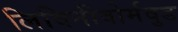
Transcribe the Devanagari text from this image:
लिविनीवोर्मवुड